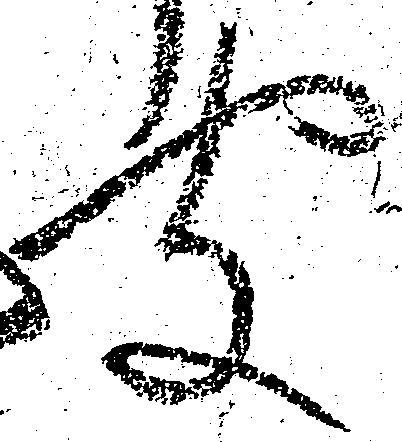
聞